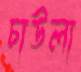
চাউলা